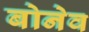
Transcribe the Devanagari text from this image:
बोनेव